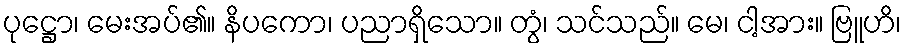
ပုဋ္ဌော၊ မေးအပ်၏။ နိပကော၊ ပညာရှိသော။ တွံ၊ သင်သည်။ မေ၊ ငါ့အား။ ဗြူဟိ၊